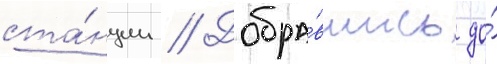
ста́нции // Добра́вшись до́